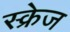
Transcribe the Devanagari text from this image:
स्क्रेज